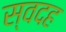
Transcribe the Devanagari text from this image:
स्वदह